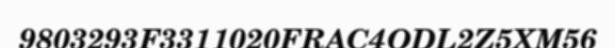
9803293F3311020FRAC4ODL2Z5XM56